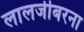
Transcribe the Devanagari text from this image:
लालजीबरना